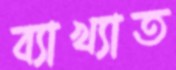
ব্যাখ্যাত